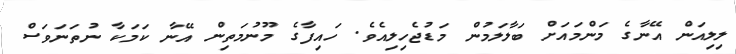
ލިލިއަން އޭނާގެ މަންމައަށް ބަލާލަމުން މަޑުޖެހިލިއެވެ. ހައިފާގެ މޫނުމަތިން އޭނާ ކަމަކާ ނުތަނަވަސް